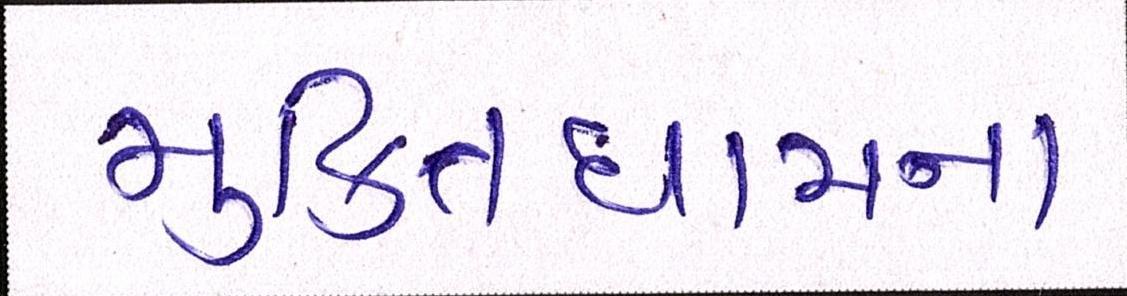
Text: મુકિતધામના